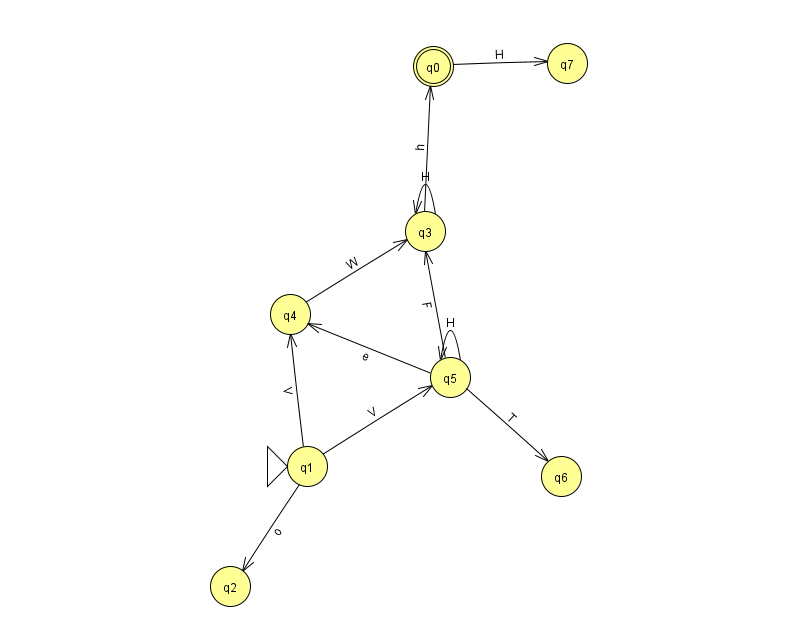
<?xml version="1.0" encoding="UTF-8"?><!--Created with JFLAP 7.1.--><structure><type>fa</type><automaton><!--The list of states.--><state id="0" name="q0"><x>433.0</x><y>53.0</y><final/></state><state id="1" name="q1"><x>307.0</x><y>453.0</y><initial/></state><state id="2" name="q2"><x>230.0</x><y>573.0</y></state><state id="3" name="q3"><x>425.0</x><y>218.0</y></state><state id="4" name="q4"><x>290.0</x><y>301.0</y></state><state id="5" name="q5"><x>450.0</x><y>364.0</y></state><state id="6" name="q6"><x>561.0</x><y>463.0</y></state><state id="7" name="q7"><x>567.0</x><y>50.0</y></state><!--The list of transitions.--><transition><from>3</from><to>0</to><read>h</read></transition><transition><from>5</from><to>4</to><read>e</read></transition><transition><from>5</from><to>3</to><read>F</read></transition><transition><from>4</from><to>3</to><read>W</read></transition><transition><from>3</from><to>3</to><read>H</read></transition><transition><from>5</from><to>5</to><read>H</read></transition><transition><from>5</from><to>6</to><read>T</read></transition><transition><from>1</from><to>2</to><read>o</read></transition><transition><from>0</from><to>7</to><read>H</read></transition><transition><from>1</from><to>4</to><read>V</read></transition><transition><from>1</from><to>5</to><read>V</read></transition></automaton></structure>